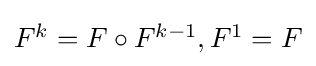
{\textstyle F^{k}=F\circ F^{k-1},F^{1}=F}